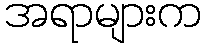
အရာများက